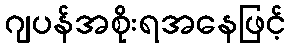
ဂျပန်အစိုးရအနေဖြင့်